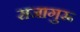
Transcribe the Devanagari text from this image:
राजागुरू